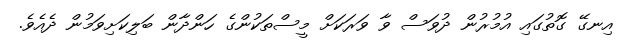
އިނގޭ ގޮތުގައި އުމުރުން ދުވަސް ވާ ވަރަކަށް މީސްތަކުންގެ ހަންދާން ބަލިކަށިވަމުން ދެއެވެ.